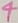
Text: 4